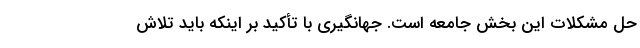
حل مشکلات این بخش جامعه است. جهانگیری با تأکید بر اینکه باید تلاش